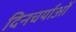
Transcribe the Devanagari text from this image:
दिनचर्याओं